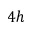
4 h